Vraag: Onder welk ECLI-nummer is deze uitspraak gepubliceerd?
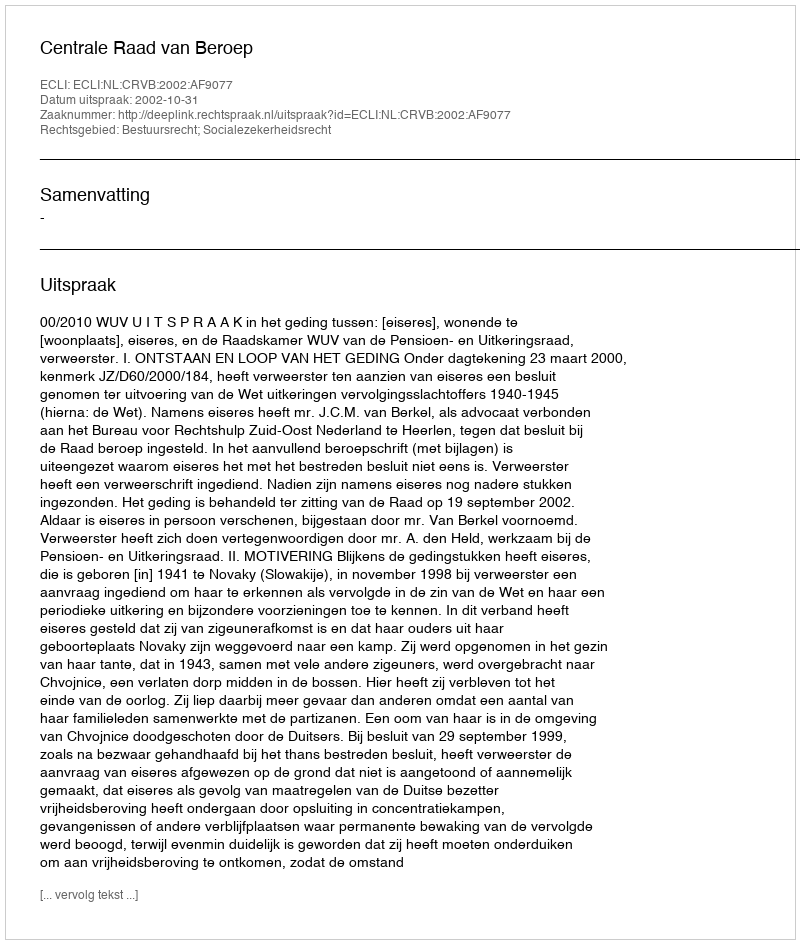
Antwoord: ECLI:NL:CRVB:2002:AF9077